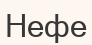
Нефе